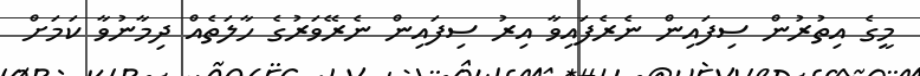
މީގެ އިތުރުން ސިފައިން ނެރެފައިވާ އިރު ސިފައިން ނެރޭވަރުގެ ހާލަތެއް ދިމާނުވާ ކަމަށް